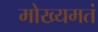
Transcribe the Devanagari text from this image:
मोख्यमतं